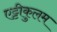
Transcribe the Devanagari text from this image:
एट्टीकुलम